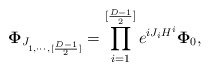
\begin{align*}{\bf \Phi}_{J_{1,\cdots,[{{D-1}\over 2}]}} =\prod_{i=1}^{[{{D-1}\over 2}]}e^{{iJ_iH^i}}{\bf \Phi}_0,\end{align*}